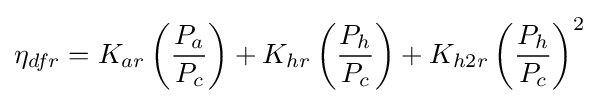
\eta _{dfr}=K_{ar}\left({\frac {P_{a}}{P_{c}}}\right)+K_{hr}\left({\frac {P_{h}}{P_{c}}}\right)+K_{h2r}\left({\frac {P_{h}}{P_{c}}}\right)^{2}